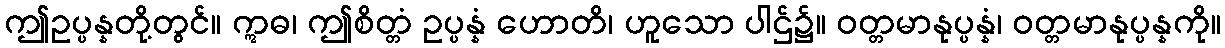
ဤဥပ္ပန္နတို့တွင်။ ဣဓ၊ ဤစိတ္တံ ဥပ္ပန္နံ ဟောတိ၊ ဟူသော ပါဌ်၌။ ဝတ္တမာနုပ္ပန္နံ၊ ဝတ္တမာနုပ္ပန္နကို။